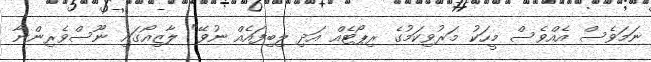
ނަމަވެސް އެއްވެސް މީހަކު މަރުވިކަމުގެ ރިޕޯޓެއް އަދި ލިބިފައެއް ނުވޭ" ލާޒިއޯގައި ނޫސްވެރިންނާ